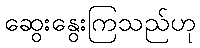
ဆွေးနွေးကြသည်ဟု